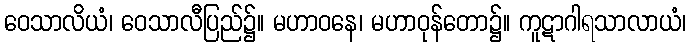
ဝေသာလိယံ၊ ဝေသာလီပြည်၌။ မဟာဝနေ၊ မဟာဝုန်တော၌။ ကူဋာဂါရသာလာယံ၊